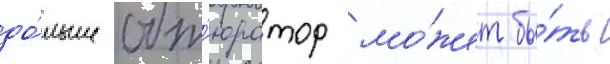
до́льше обт'юратор мо́жет бы́ть